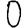
Digit: 0